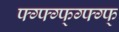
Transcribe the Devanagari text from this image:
फ्ग्फ्ग्फ्ग्फ्ग्फ्